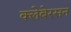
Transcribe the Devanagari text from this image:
क्लेबेरसन